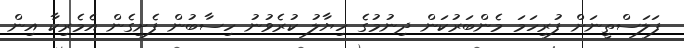
ފަލަސްތީނަށް ފުރިހަމަ މެންބަރުކަން ދިނުމުގެ ހިޔާލު ކުރެވުނު ހިސާބުން ފެށިގެން އެމެރިކާ އިން